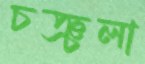
চঞ্চলা